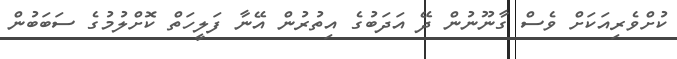
ކުށްވެރިއަކަށް ވެސް ގާނޫނުން ދޭ އަދަބުގެ އިތުރުން އޭނާ ފަލީހަތް ކޮށްލުމުގެ ސަބަބުން